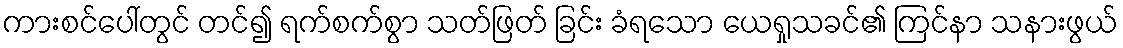
ကားစင်ပေါ်တွင် တင်၍ ရက်စက်စွာ သတ်ဖြတ် ခြင်း ခံရသော ယေရှုသခင်၏ ကြင်နာ သနားဖွယ်